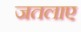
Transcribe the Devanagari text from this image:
जतलाए